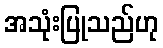
အသုံးပြုသည်ဟု